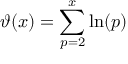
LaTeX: \vartheta ( x ) = \sum _ { p = 2 } ^ { x } \ln ( p )